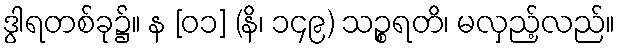
ဒွါရတစ်ခု၌။ န [၀၁] (နိ၊ ၁၄၉) သဉ္စရတိ၊ မလှည့်လည်။